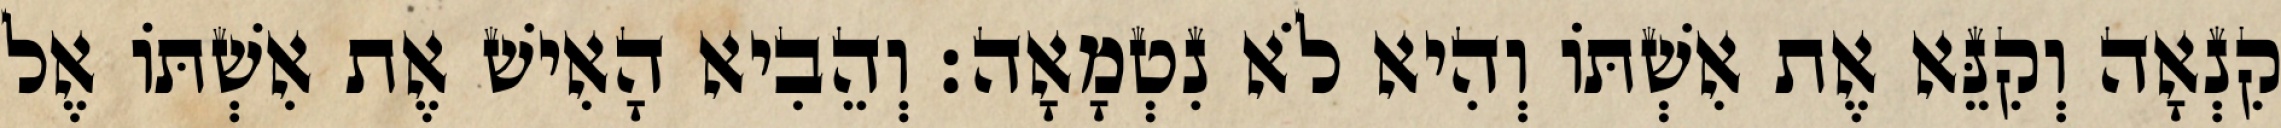
קִנְאָה וְקִנֵּא אֶת אִשְׁתּוֹ וְהִיא לֹא נִטְמָאָה׃ וְהֵבִיא הָאִישׁ אֶת אִשְׁתּוֹ אֶל